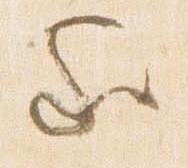
家